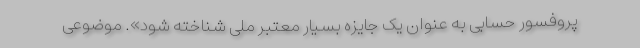
پروفسور حسابی به عنوان یک جایزه بسیار معتبر ملی شناخته شود». موضوعی